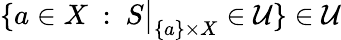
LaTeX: \left\{ a\in X~:~S{\big\vert}_{\{ a\} \times X}\in{\mathcal{U}}\right\} \in{\mathcal{U}}